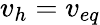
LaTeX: v_{h}=v_{eq}